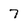
Character: 7